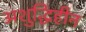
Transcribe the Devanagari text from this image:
अशुद्धिहीन